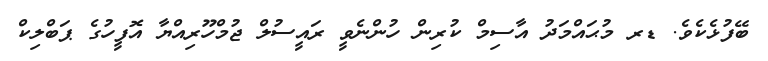
ބޭފުޅެކެވެ. ޑރ މުޙައްމަދު އާސިމް ކުރިން ހުންނެވީ ރައީސުލް ޖުމްހޫރިއްޔާ އޮފީހުގެ ޕަބްލިކް